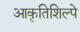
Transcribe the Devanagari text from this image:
आकृतिशिल्पे